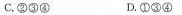
C.②③④ D.①③④